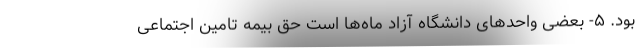
بود. ۵- بعضی واحدهای دانشگاه آزاد ماه‌ها است حق بیمه تامین اجتماعی